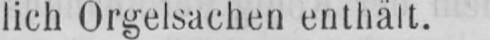
lich Orgelsachen enthält.